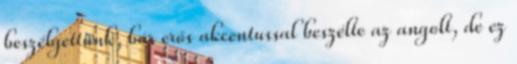
beszélgettünk, bár erős akcentussal beszélte az angolt, de ez